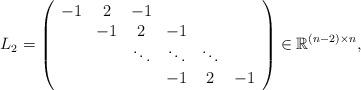
LaTeX: \begin{align*}L_2 = \left( \begin{array}{cccccc} -1 & 2 & -1 & & &\\ & -1 & 2 & -1 & &\\ & & \ddots & \ddots & \ddots & \\ & & & -1 &2 &-1\\ \end{array} \right)\in \mathbb{R}^{(n-2)\times n},\end{align*}